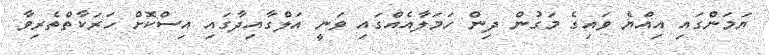
ޔަމަންގައި އިއްޔެ ވައިގެ މަގުން ދިން ހަމަލާއެއްގައި ވަނީ އަލްގާއިދާގައި އިސްކޮށް ހަރަކާތްތެރިވާ